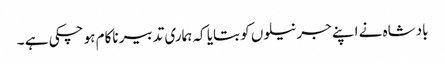
بادشاہ نے اپنے جرنیلوں کو بتایا کہ ہماری تدبیر ناکام ہو چکی ہے ۔